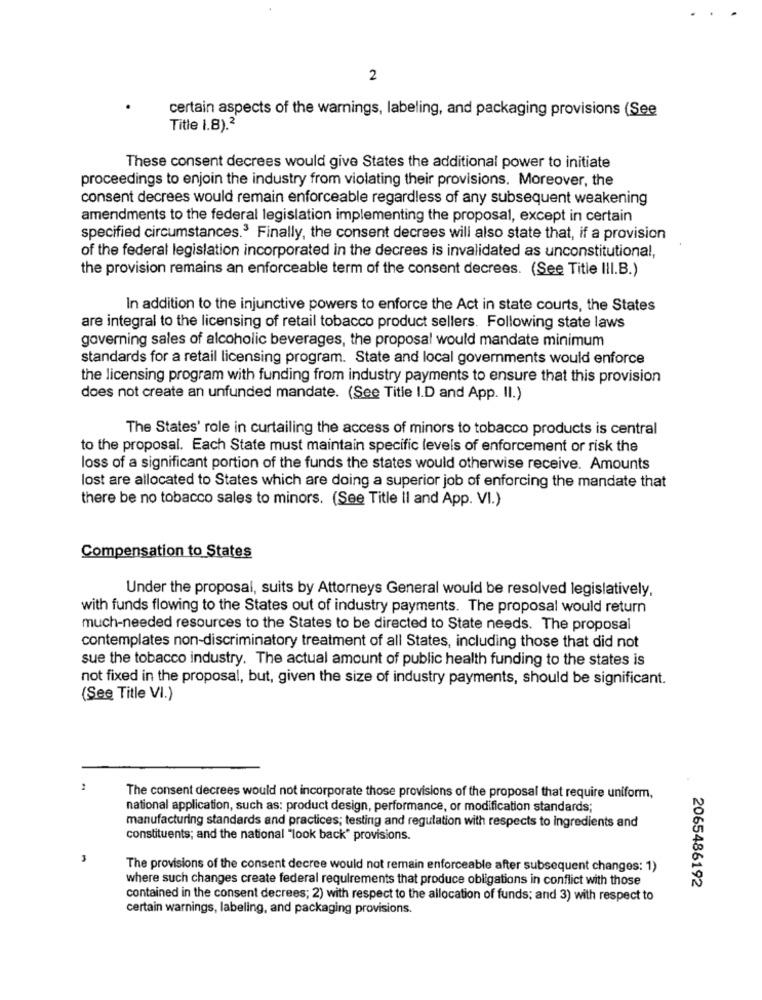
2
certain aspects of the warnings, labeling, and packaging provisions (See
Title 1.8).2
These consent decrees would give States the additional power to initiate
proceedings to enjoin the industry from violating their provisions. Moreover, the
consent decrees would remain enforceable regardless of any subsequent weakening
amendments to the federal legislation implementing the proposal, except in certain
specified circumstances.3 Finally, the consent decrees will also state that, if a provision
of the federal legislation incorporated in the decrees is invalidated as unconstitutional,
the provision remains an enforceable term of the consent decrees. (See Title III.B.)
In addition to the injunctive powers to enforce the Act in state courts, the States
are integral to the licensing of retail tobacco product sellers. Following state laws
governing sales of alcoholic beverages, the proposal would mandate minimum
standards for a retail licensing program. State and local governments would enforce
the licensing program with funding from industry payments to ensure that this provision
does not create an unfunded mandate. (See Title I.D and App. Il.)
The States' role in curtailing the access of minors to tobacco products is central
to the proposal. Each State must maintain specific levels of enforcement or risk the
loss of a significant portion of the funds the states would otherwise receive. Amounts
lost are allocated to States which are doing a superior job of enforcing the mandate that
there be no tobacco sales to minors. (See Title Il and App. VI.)
Compensation to States
Under the proposal, suits by Attorneys General would be resolved legislatively,
with funds flowing to the States out of industry payments. The proposal would return
much-needed resources to the States to be directed to State needs. The proposal
contemplates non-discriminatory treatment of all States, including those that did not
sue the tobacco industry. The actual amount of public health funding to the states is
not fixed in the proposal, but, given the size of industry payments, should be significant.
(See Title VI.)
The consent decrees would not incorporate those provisions of the proposal that require uniform,
national application, such as: product design, performance, or modification standards;
manufacturing standards and practices; testing and regulation with respects to ingredients and
constituents; and the national "look back" provisions.
The provisions of the consent decree would not remain enforceable after subsequent changes: 1)
where such changes create federal requirements that produce obligations in conflict with those
2065486192
contained in the consent decrees; 2) with respect to the allocation of funds; and 3) with respect to
certain warnings, labeling, and packaging provisions.